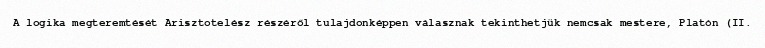
A logika megteremtését Arisztotelész részéről tulajdonképpen válasznak tekinthetjük nemcsak mestere, Platón (II.